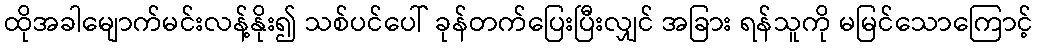
ထိုအခါမျောက်မင်းလန့်နိုး၍ သစ်ပင်ပေါ် ခုန်တက်ပြေးပြီးလျှင် အခြား ရန်သူကို မမြင်သောကြောင့်